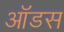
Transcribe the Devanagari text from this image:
ऑडस